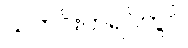
သတင်းတရပ်တွင်